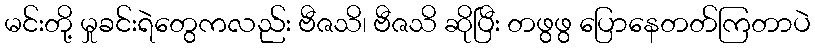
မင်းတို့ မှုခင်းရဲတွေကလည်း ဗီဇသိ၊ ဗီဇသိ ဆိုပြီး တဖွဖွ ပြောနေတတ်ကြတာပဲ